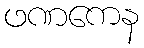
ဖဏကေန